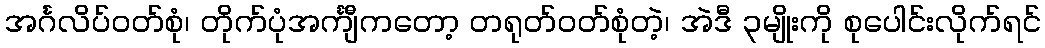
အင်္ဂလိပ်ဝတ်စုံ၊ တိုက်ပုံအင်္ကျီကတော့ တရုတ်ဝတ်စုံတဲ့၊ အဲဒီ ၃မျိုးကို စုပေါင်းလိုက်ရင်